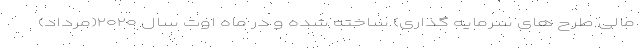
مالی طرح های سرمایه گذاری) ساخته شده و در ماه اوت سال ۲۰۲۰(مرداد)